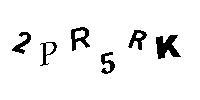
2PR5RK